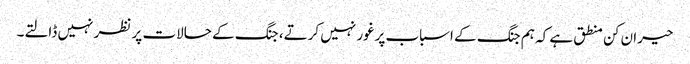
حیران کن منطق ہے کہ ہم جنگ کے اسباب پرغور نہیں کرتے، جنگ کے حالات پر نظر نہیں ڈالتے۔